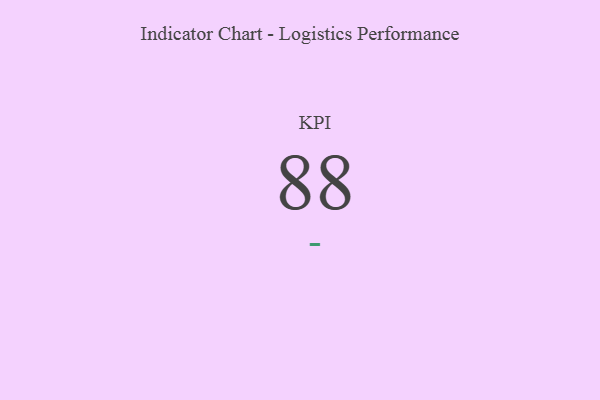
{"axis": {"x": "KPI", "y": "Value"}, "legend": [""], "data": [{"x": "KPI", "y": 88, "type": ""}]}